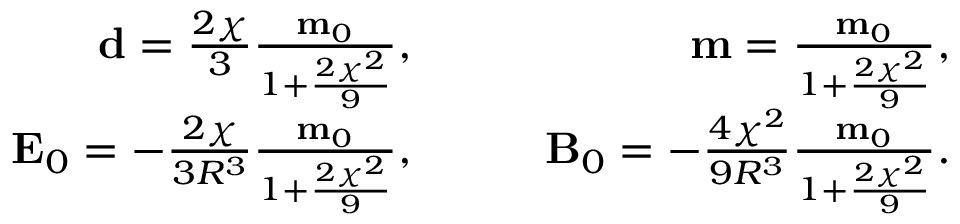
\begin{array} { r l r } { \mathbf { d } = \frac { 2 \chi } { 3 } \frac { \mathbf { m } _ { 0 } } { 1 + \frac { 2 \chi ^ { 2 } } { 9 } } , } & { { } \quad } & { \mathbf { m } = \frac { \mathbf { m } _ { 0 } } { 1 + \frac { 2 \chi ^ { 2 } } { 9 } } , } \\ { \mathbf { E } _ { 0 } = - \frac { 2 \chi } { 3 R ^ { 3 } } \frac { \mathbf { m } _ { 0 } } { 1 + \frac { 2 \chi ^ { 2 } } { 9 } } , } & { { } \quad } & { \mathbf { B } _ { 0 } = - \frac { 4 \chi ^ { 2 } } { 9 R ^ { 3 } } \frac { \mathbf { m } _ { 0 } } { 1 + \frac { 2 \chi ^ { 2 } } { 9 } } . } \end{array}